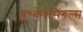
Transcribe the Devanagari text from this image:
यू॰के॰सिंगल्स